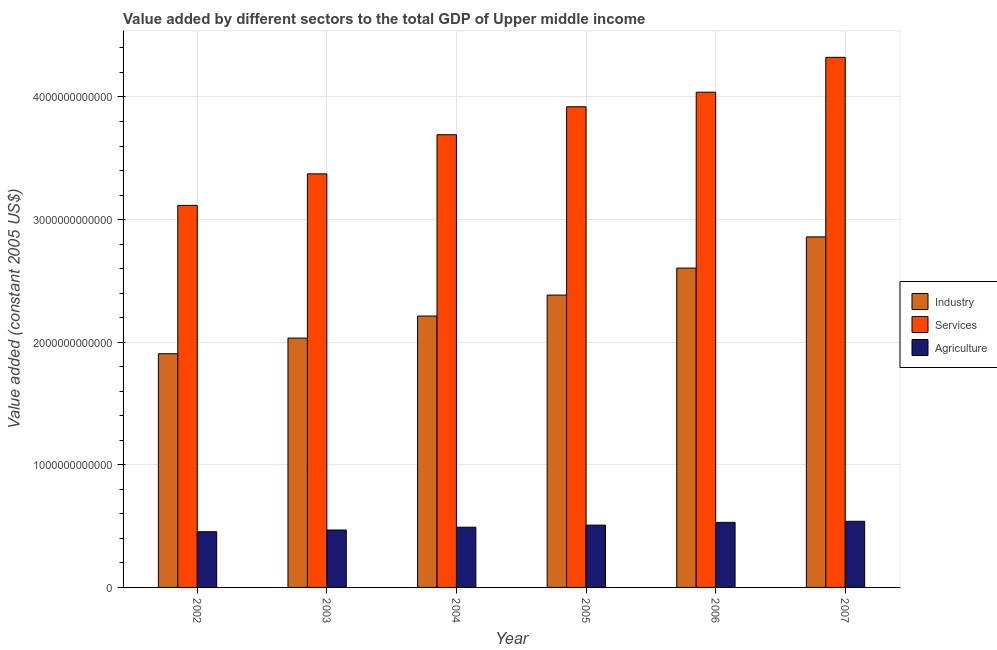
| Year | Industry | Services | Agriculture |
 | --- | --- | --- | --- |
 | 2002 | 1.91e+12 | 3.12e+12 | 4.54e+11 |
 | 2003 | 2.03e+12 | 3.37e+12 | 4.68e+11 |
 | 2004 | 2.21e+12 | 3.69e+12 | 4.91e+11 |
 | 2005 | 2.38e+12 | 3.92e+12 | 5.08e+11 |
 | 2006 | 2.6e+12 | 4.04e+12 | 5.3e+11 |
 | 2007 | 2.86e+12 | 4.32e+12 | 5.39e+11 |